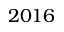
2 0 1 6